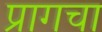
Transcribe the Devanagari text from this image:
प्रागचा